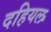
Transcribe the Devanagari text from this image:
दहियल